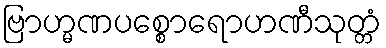
ဗြာဟ္မဏပစ္စောရောဟဏီသုတ္တံ